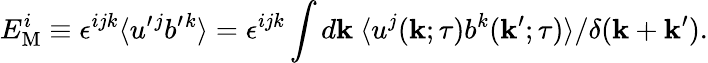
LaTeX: E_{\mathrm{{M}}}^{i}\equiv\epsilon^{ijk}\langle{u^{\prime}{}^{j}b^{\prime}{}^{k}}\rangle=\epsilon^{ijk}\int d{\mathbf{k}}\ \langle{u^{j}({\mathbf{k}};\tau)b^{k}({\mathbf{k}}^{\prime};\tau)}\rangle/\delta({\mathbf{k}}+{\mathbf{k}}^{\prime}).